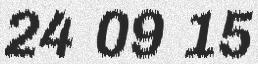
24 09 15